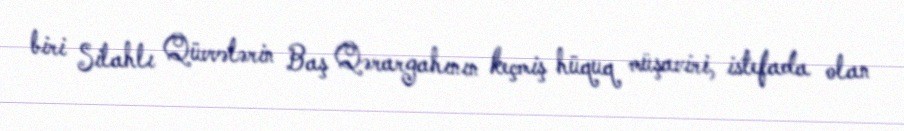
biri Silahlı Qüvvələrin Baş Qərargahının keçmiş hüquq müşaviri, istefada olan